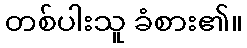
တစ်ပါးသူ ခံစား၏။